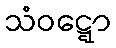
သံဝဋ္ဋော